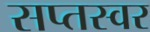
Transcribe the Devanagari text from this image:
सप्तस्वर